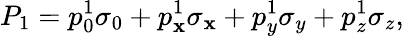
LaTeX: P_{1}=p_{0}^{1}\sigma_{0}+p_{\mathbf{x}}^{1}\sigma_{\mathbf{x}}+p_{y}^{1}\sigma_{y}+p_{z}^{1}\sigma_{z},